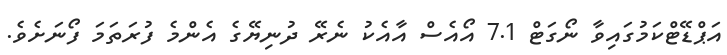
އަޕްޑޭޓްކަމުގައިވާ ނޯގަޓް 7.1 އޯއެސް އާއެކު ނެރޭ ދުނިޔޭގެ އެންމެ ފުރަތަމަ ފޯނަށެވެ.